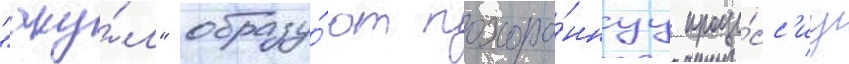
"аку́л" образу́ют похоро́ннуу проце́сс'иу